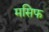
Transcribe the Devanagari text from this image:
मसिफ